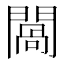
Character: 𨵧